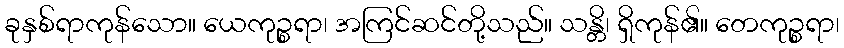
ခုနှစ်ရာကုန်သော။ ယေကုဉ္စရာ၊ အကြင်ဆင်တို့သည်။ သန္တိ၊ ရှိကုန်၏။ တေကုဉ္စရာ၊